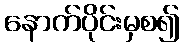
နောက်ပိုင်းမှစ၍